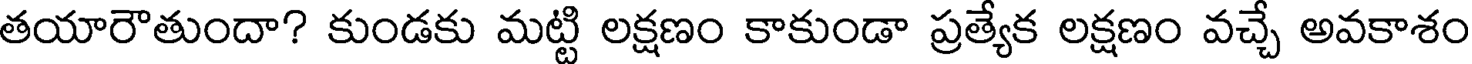
తయారౌతుందా? కుండకు మట్టి లక్షణం కాకుండా ప్రత్యేక లక్షణం వచ్చే అవకాశం